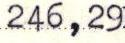
246,29